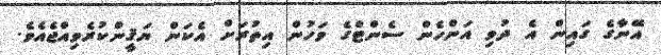
އޭނާގެ ގައިން އެ ދުވި އަންހެން ސެންޓްގެ ވަހުން އިތުރަށް އެކަން ޔަޤީންކުރެވިއްޖެއެވެ.